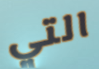
التي